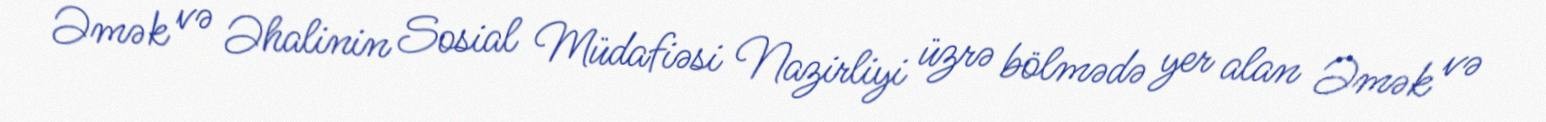
Əmək və Əhalinin Sosial Müdafiəsi Nazirliyi üzrə bölmədə yer alan Əmək və